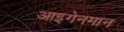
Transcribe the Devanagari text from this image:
आइगेनमान